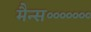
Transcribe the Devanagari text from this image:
मैन्स॰॰॰॰॰॰॰